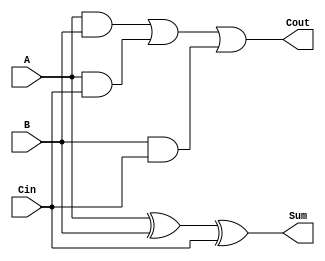
`timescale 1ns / 1ns

module Full_adder(A, B, Cin, Cout, Sum);
    input A, B, Cin;
    output Cout,Sum;

    wire w1, w2,w3;
    
    and and1(w1, A, B);
    and and2(w2, A, Cin);
    and and3(w3, B, Cin);
    xor xor1(Sum, A, B, Cin);
    or  or1(Cout, w1, w2,w3);

endmodule